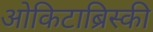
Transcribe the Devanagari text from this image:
ओकिटाब्रिस्की